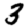
Digit: 3